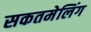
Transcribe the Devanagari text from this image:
सकतमेलिंग